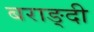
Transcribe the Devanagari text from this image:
बराङ्दी